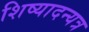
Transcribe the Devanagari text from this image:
शिष्यादन्यत्र